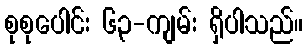
စုစုပေါင်း ၆၃-ကျမ်း ရှိပါသည်။